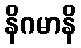
နိဂမာနိ